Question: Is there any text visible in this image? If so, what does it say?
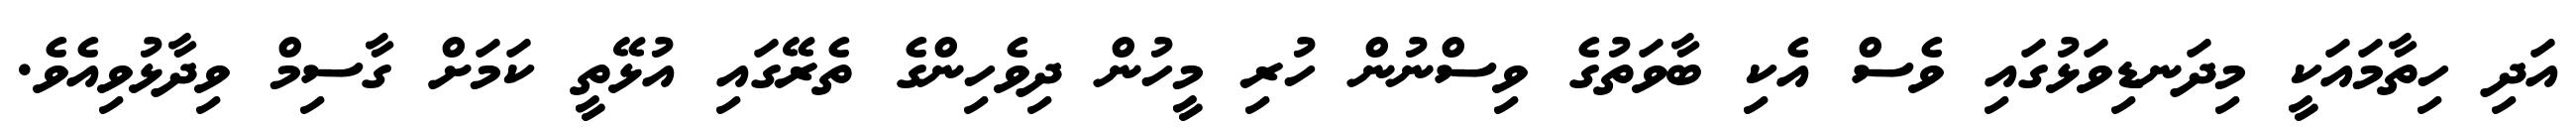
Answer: އަދި ހިތާމައަކީ މިދަނޑިވަޅުގައި ވެސް އެކި ބާވަތުގެ ވިސްނުން ހުރި މީހުން ދިވެހިންގެ ތެރޭގައި އުޅޭތީ ކަމަށް ގާސިމް ވިދާޅުވިއެވެ.